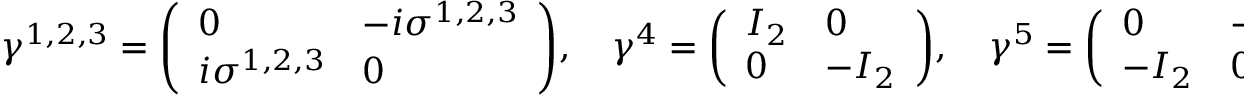
\gamma ^ { 1 , 2 , 3 } = { \left( \begin{array} { l l } { 0 } & { - i \sigma ^ { 1 , 2 , 3 } } \\ { i \sigma ^ { 1 , 2 , 3 } } & { 0 } \end{array} \right) } , \quad \gamma ^ { 4 } = { \left( \begin{array} { l l } { I _ { 2 } } & { 0 } \\ { 0 } & { - I _ { 2 } } \end{array} \right) } , \quad \gamma ^ { 5 } = { \left( \begin{array} { l l } { 0 } & { - I _ { 2 } } \\ { - I _ { 2 } } & { 0 } \end{array} \right) }